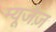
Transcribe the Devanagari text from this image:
म्यूजेज़